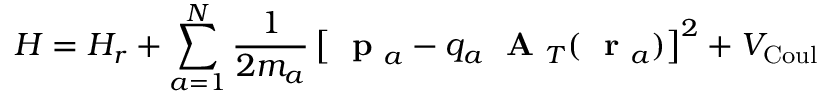
H = H _ { r } + \sum _ { a = 1 } ^ { N } \frac { 1 } { 2 m _ { a } } \left[ \mathrm { ~ \bf ~ p ~ } _ { a } - q _ { a } \mathrm { ~ \bf ~ A ~ } _ { T } ( \mathrm { ~ \bf ~ r ~ } _ { a } ) \right] ^ { 2 } + V _ { \mathrm { C o u l } }